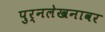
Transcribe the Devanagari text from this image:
पुर्नलेखनावर